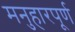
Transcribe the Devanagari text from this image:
मनुहारपूर्ण